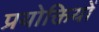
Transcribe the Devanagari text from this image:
प्रयोक्तियों